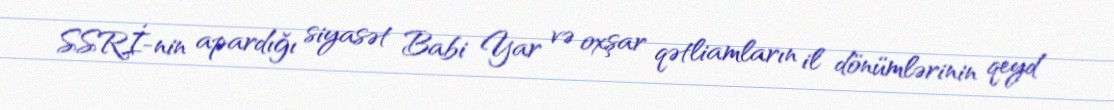
SSRİ-nin apardığı siyasət Babi Yar və oxşar qətliamların il dönümlərinin qeyd